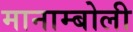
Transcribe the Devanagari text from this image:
मानाम्बोली